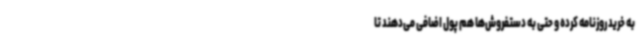
به خرید روزنامه کرده و حتی به دستفروش‌ها هم پول اضافی می‌دهند تا